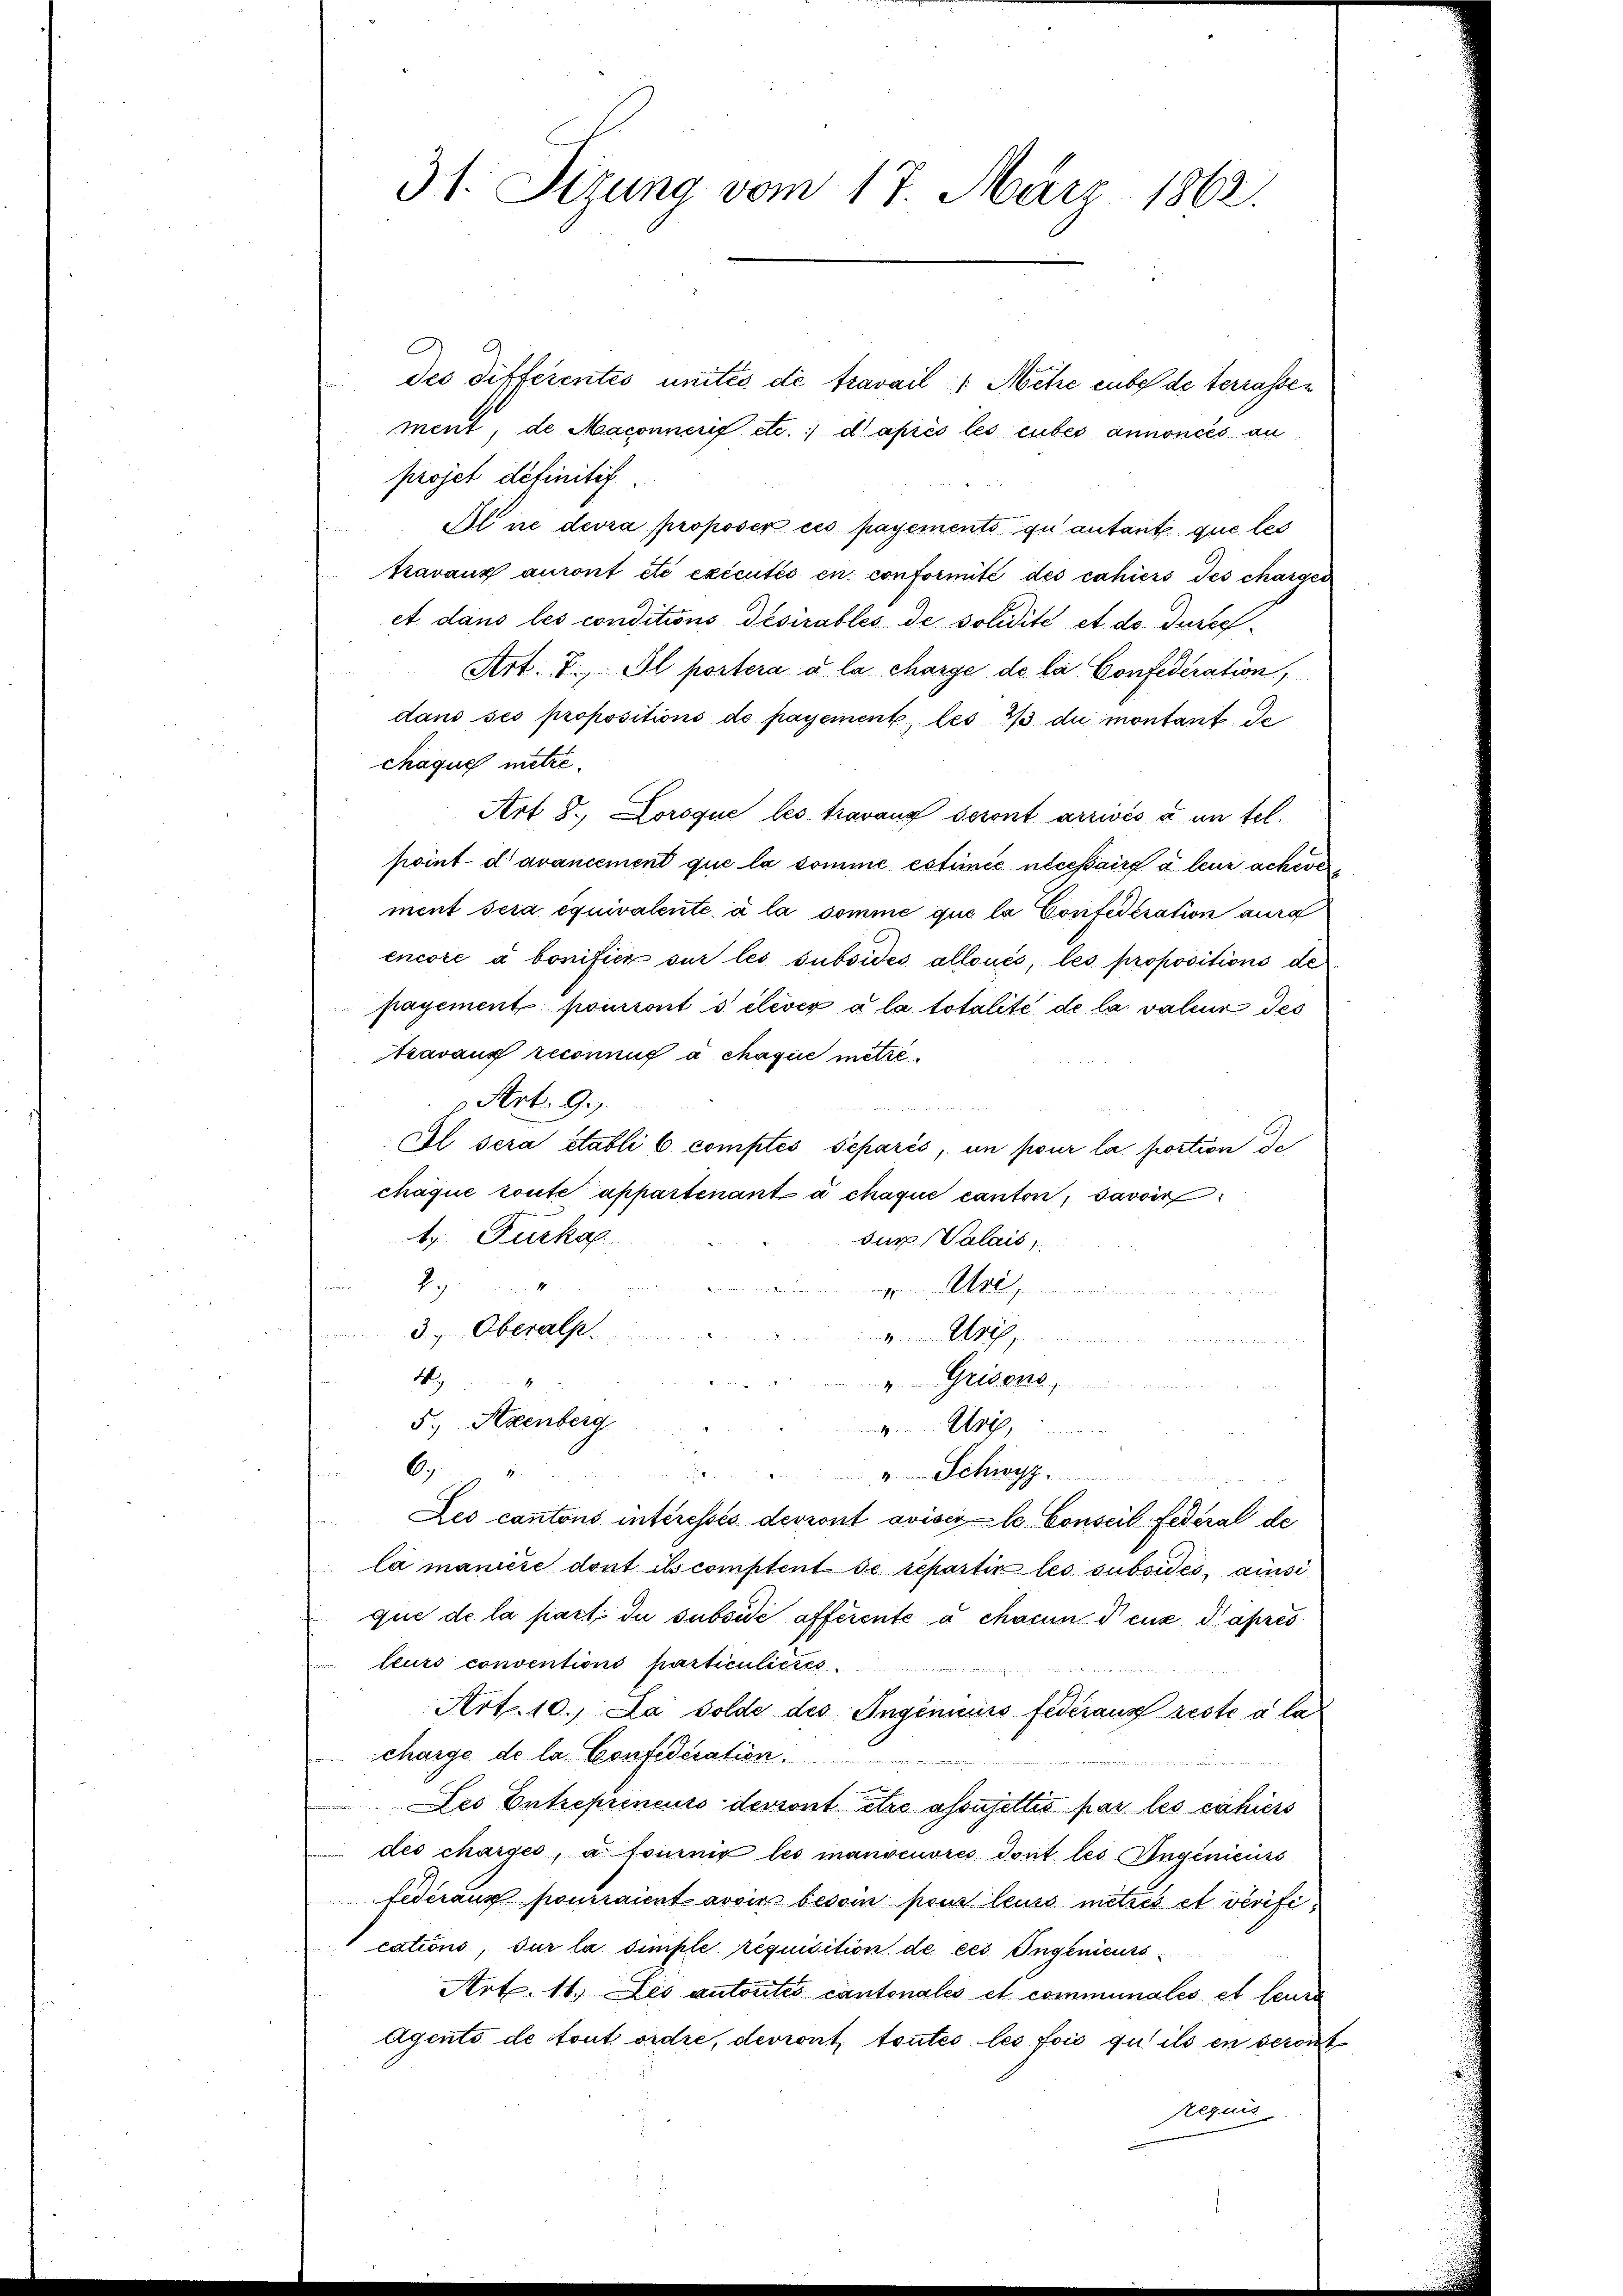
31. Sezung vom 17. März 1862.

des differentes unités de travail 1 Metze eube de terrassen
ment, de Maconnerif etc.) daprès les cubes annoncés au
projet definitif.
Al ne devra proposer ces payements quantant que les
travaux auront été exécutés en conformité des cahiers des chargen
et dans les conditions desirables de solidité et de durch¬
Art. 7. Il portera a la charge de la Confederation
dans ses propositions de payement, les 1/3 du montant de
chaque mitze.
Art 8. Lorsque les travaux seront arrivés à un tel.
point d avancement que la somme estimée nécessaire à leur acheverment sera équivalente à la somme que la Confederation ausg
encore a bonitici sur les subsides alloués, les propositions de
payement pouront s élever à la totalité de la valeur des
travaux reconnus à chaque mitze¬
Art. 9.
Il sera etabli 6 comptés separis, un pour la portion de
chaque toute appartenant à chaque canton, savoir
. Furkaf
sur. Valais
x
g. genauer
3., Oberalp
Uris,
n
W
" Grisons,
5.) Axenberg
Uri,
6
 Schwyz
Les cantons intéressés devront avisir le Conseil Federal de
la manicie dont ils comptent de repartir les subsides, ainsi
que de la fact. In subside offerente à chacun deux daprés
leurs conventions particulieres
Art. 10. Da Solde des Ingenieurs federaus reste à la
 charge de la Confideiration.
Les Entrepreneurs devront être assujettis pas les cahiers
des charges, à fournir les manoeuvres dont les Angenieurs
federaus pourraient avoir besoin pour leurs metrés et verifiextions, sur la simple réquisition de ces Ingenieurs¬
Art. 11. Les autorités cantonales et communales et leurs
Agento de tout ordne, devront toutes les fois qu’ ils en seront
Rezius